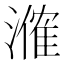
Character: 𬈼